Indian Medical Review
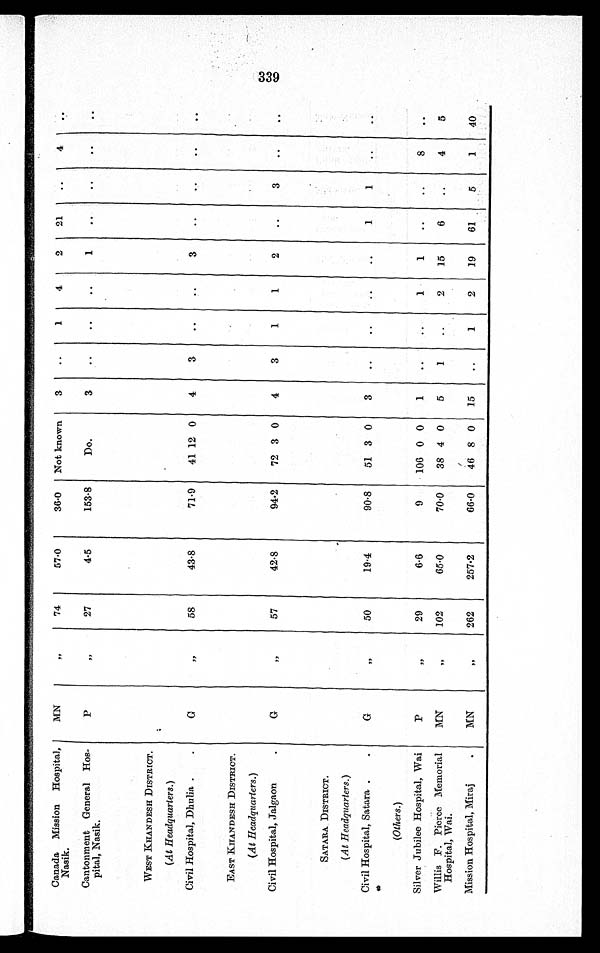
Canada Mission Hospital,
Nasik.
MN
, ,
74
57·0
36·0
Not known
3
. .
1
4
2
21
..
4
. .
Cantonment General Hos-
pital, Nasik.
P
„
27
4·5
153·8
Do.
3
. .
. .
. .
1
. .
. .
. .
. .
WEST KHANDESH DISTRICT.
(At Headquarters.)
Civil Hospital, Dhulia
G
„
58
43·8
71·9
41 12 0
4
3
..
..
3
..
..
..
..
EAST KHANDESH DISTRICT.
(At Headquarters.)
Civil Hospital, Jalgaon.
G
, ,
57
42·8
94·2
72 3 0
4
3
1
1
2
..
3
. .
. .
SATARA DISTRICT.
(At Headquarters.)
Civil Hospital, Satara
G
, ,
50
19·4
90·8
51 3 0
3
. .
. .
. .
. .
1
1
. .
. .
(Others.)
Silver Jubilee Hospital, Wai
P
, ,
29
6·6
9
106 0 0
1
. .
. .
1
1
. .
. .
8
..
Willis F. Pierce Memorial
Hospital, Wai.
MN
, ,
1 0 2
65·0
70·0
38 4 0
5
1
..
2
15
6
..
4
5
Mission Hospital, Miraj
MN
, ,
2 6 2
257·2
66·0
46 8 0
15
..
1
2
19
61
5
1
40
3 3 9